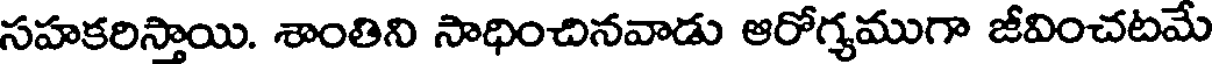
సహకరిస్తాయి. శాంతిని సాధించినవాడు ఆరోగ్యముగా జీవించటమే